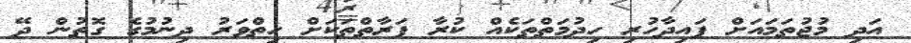
އަދި މުޖުތަމައަށް ފައިދާހުރި ހިދުމަތްތަކެއް ކުރާ ފަރާތްތަކަށް ހިތްވަރު ދިނުމުގެ ގޮތުން ދޭ